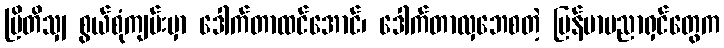
ဗြိတိသျှ စွယ်စုံကျမ်းမှာ ဒေါက်တာထင်အောင်၊ ဒေါက်တာလှဘေစတဲ့ မြန်မာပညာရှင်တွေက